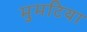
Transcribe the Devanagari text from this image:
मुमटिया